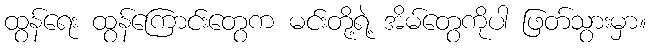
ထွန်ရေး ထွန်ကြောင်းတွေက မင်းတို့ရဲ့ အိမ်တွေကိုပါ ဖြတ်သွားမှာ။